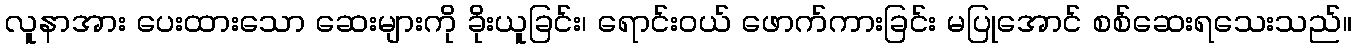
လူနာအား ပေးထားသော ဆေးများကို ခိုးယူခြင်း၊ ရောင်းဝယ် ဖောက်ကားခြင်း မပြုအောင် စစ်ဆေးရသေးသည်။